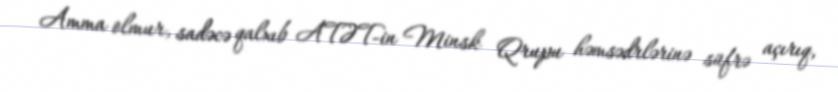
Amma olmur, sadəcə qalxıb ATƏT-in Minsk Qrupu həmsədrlərinə süfrə açırıq,